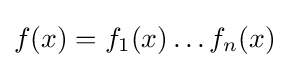
{\textstyle f(x)=f_{1}(x)\ldots f_{n}(x)}